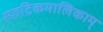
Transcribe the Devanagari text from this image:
स्फटिकमालिकाम्